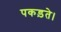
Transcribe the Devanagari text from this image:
पकड़ते।